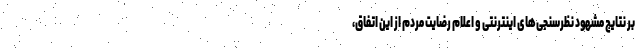
بر نتایج مشهود نظرسنجی‌های اینترنتی و اعلام رضایت مردم از این اتفاق،